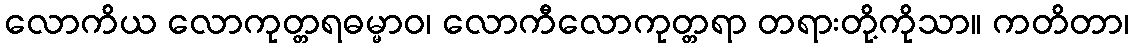
လောကိယ လောကုတ္တရဓမ္မာဝ၊ လောကီလောကုတ္တရာ တရားတို့ကိုသာ။ ကတိတာ၊